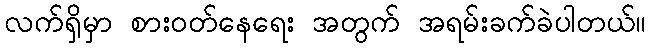
လက်ရှိမှာ စားဝတ်နေရေး အတွက် အရမ်းခက်ခဲပါတယ်။